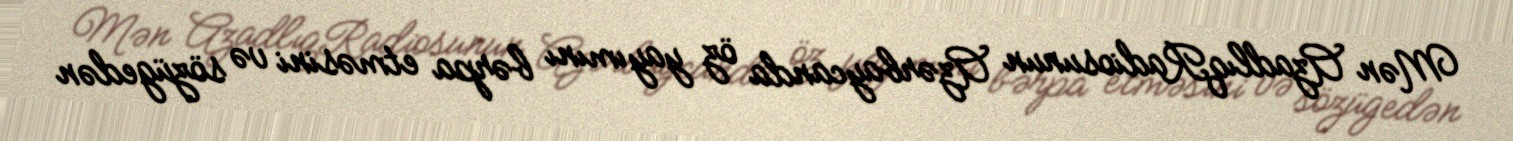
Mən AzadlıqRadiosunun Azərbaycanda öz yayımını bərpa etməsini və sözügedən